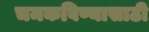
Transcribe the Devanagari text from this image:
चमकविण्यासाठी